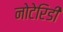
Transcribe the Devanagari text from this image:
नोटेरिडी